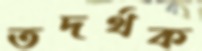
তদর্থক